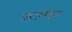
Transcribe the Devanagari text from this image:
जाग्गर